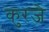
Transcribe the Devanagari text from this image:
कुरजे